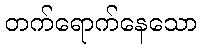
တက်ရောက်နေသော